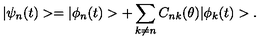
| \psi _ { n } ( t ) > = | \phi _ { n } ( t ) > + \sum _ { k \neq n } C _ { n k } ( \theta ) | \phi _ { k } ( t ) > .